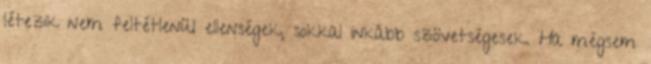
létezik nem feltétlenül ellenségek, sokkal inkább szövetségesek. Ha mégsem